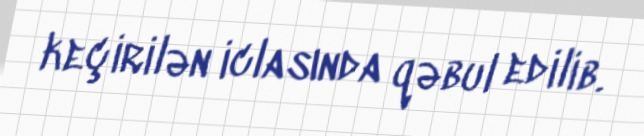
keçirilən iclasında qəbul edilib.